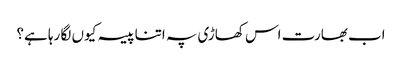
اب بھارت اس کھاڑی پہ اتنا پیسہ کیوں لگا رہا ہے؟